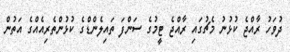
ދުވަހު ރާއްޖެ ކުޅުނު މެޗުގައި ރާއްޖެ ޓީމުގެ ސަންފަ ތައިލެންޑްގެ ކުޅުންތެރިއެއްގެ އަތުން